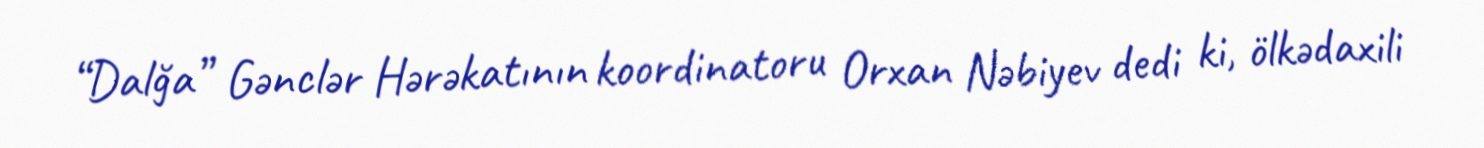
“Dalğa” Gənclər Hərəkatının koordinatoru Orxan Nəbiyev dedi ki, ölkədaxili